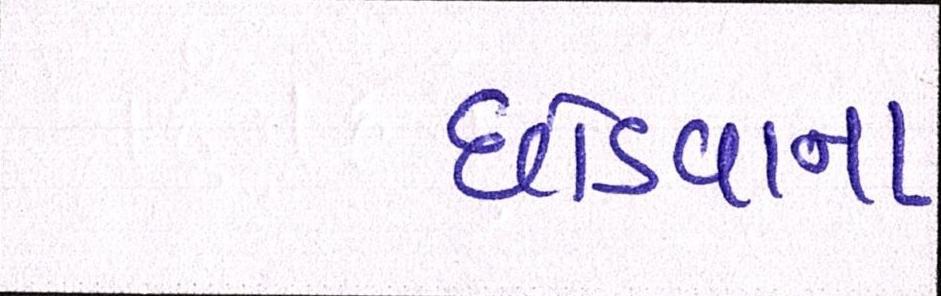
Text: છોડવાના